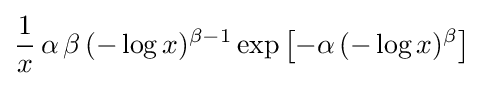
{\frac {1}{x}}\,\alpha \,\beta \,(-\log x)^{\beta -1}\exp \left[-\alpha \,(-\log x)^{\beta }\right]